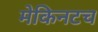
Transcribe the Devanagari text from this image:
मेकिनटच